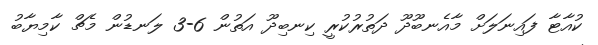
ކުއާޓާ ފައިނަލަށް މާއެނބޫދޫ ދަތުރުކުރީ ކިނބިދޫ އަތުން 6-3 ލަނޑުން މެޗް ކާމިޔާބު